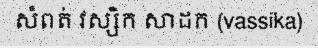
សំពត់ វស្សិក សាដក (vassika)